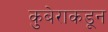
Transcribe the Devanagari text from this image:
कुबेराकडून